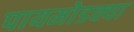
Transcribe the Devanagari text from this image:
पायमोडक्या